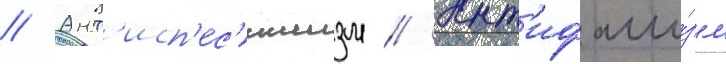
// Ант'исп'ес'ишизм // Ант'ифаши́зм